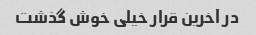
در آخرین قرار خیلی خوش گذشت